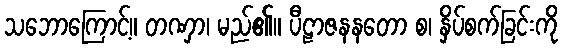
သဘောကြောင့်။ တဏှာ၊ မည်၏။ ပီဠာဇနနတော စ၊ နှိပ်စက်ခြင်းကို